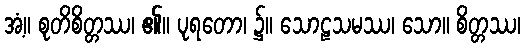
အံ့။ စုတိစိတ္တဿ၊ ၏။ ပုရတော၊ ၌။ သောဠသမဿ၊ သော။ စိတ္တဿ၊